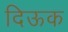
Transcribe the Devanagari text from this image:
दिऊक